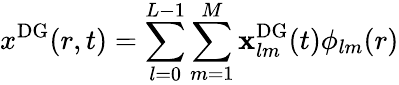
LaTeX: x^{\mathrm{{DG}}}(r,t)=\sum_{l=0}^{L-1}\sum_{m=1}^{M}\mathbf{x}_{lm}^{\mathrm{{DG}}}(t)\phi_{lm}(r)